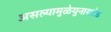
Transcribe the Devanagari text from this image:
असल्यामुळेयुनायटेड